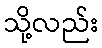
သို့လည်း